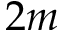
2 m